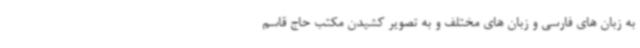
به زبان های فارسی و زبان های مختلف و به تصویر کشیدن مکتب حاج قاسم